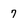
Character: 7